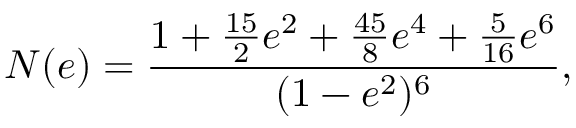
N ( e ) = \frac { 1 + \frac { 1 5 } { 2 } e ^ { 2 } + \frac { 4 5 } { 8 } e ^ { 4 } + \frac { 5 } { 1 6 } e ^ { 6 } } { ( 1 - e ^ { 2 } ) ^ { 6 } } ,